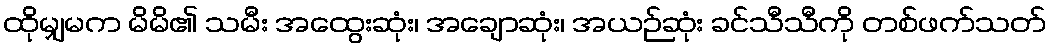
ထိုမျှမက မိမိ၏ သမီး အထွေးဆုံး၊ အချောဆုံး၊ အယဉ်ဆုံး ခင်သီသီကို တစ်ဖက်သတ်